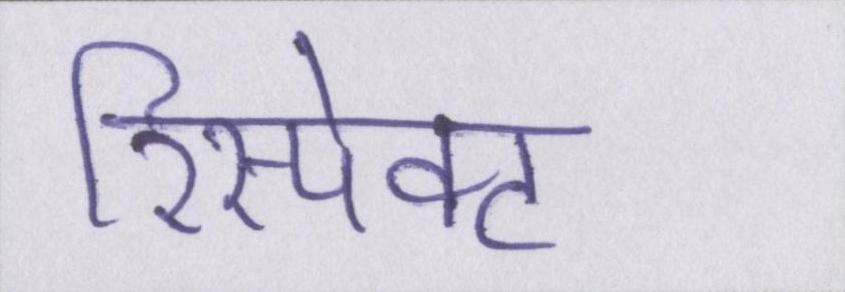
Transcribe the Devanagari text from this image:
रिस्पेक्ट